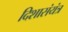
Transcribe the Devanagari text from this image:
दिशासंयंत्र